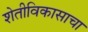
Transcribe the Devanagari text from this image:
शेतीविकासाचा